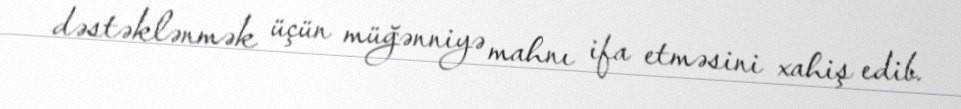
dəstəklənmək üçün müğənniyə mahnı ifa etməsini xahiş edib.